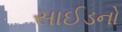
સાઈડનો